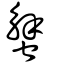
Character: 蟹